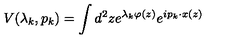
V ( \lambda _ { k } , p _ { k } ) = \int d ^ { 2 } z e ^ { \lambda _ { k } \varphi ( z ) } e ^ { i p _ { k } \cdot x ( z ) }